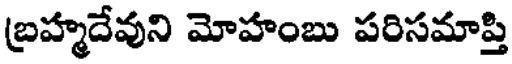
బ్రహ్మదేవుని మోహంబు పరిసమాప్తి